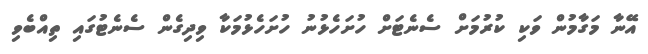
އޭނާ މަގާމުން ވަކި ކުރުމަށް ސެނެޓަށް ހުށަހެޅުނު ހުށަހެޅުމަކާ ވިދިގެން ސެނެޓުގައި ތިއްބެވި